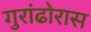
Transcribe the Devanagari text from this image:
गुरांढोरास